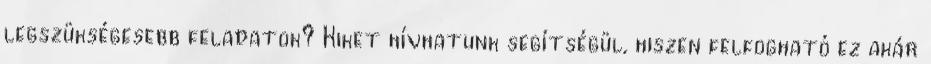
legszükségesebb feladatok? Kiket hívhatunk segítségül, hiszen felfogható ez akár